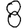
Digit: 8